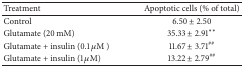
<table><thead><tr><td><b>Treatment</b></td><td><b>Apoptotic cells (% of total)</b></td></tr></thead><tbody><tr><td>Control</td><td>6.50 ± 2.50</td></tr><tr><td>Glutamate (20 mM)</td><td>35.33 ± 2.91∗∗</td></tr><tr><td>Glutamate + insulin (0.1 <i>μ</i>M )</td><td>11.67 ± 3.71<sup>##</sup></td></tr><tr><td>Glutamate + insulin (1 <i>μ</i>M)</td><td>13.22 ± 2.79<sup>##</sup></td></tr></tbody></table>